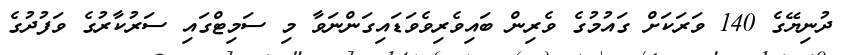
ދުނިޔޭގެ 140 ވަރަކަށް ގައުމުގެ ވެރިން ބައިވެރިވެވަޑައިގަންނަވާ މި ސަމިޓްގައި ސަރުކާރުގެ ވަފުދުގެ